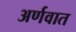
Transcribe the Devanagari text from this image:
अर्णवात